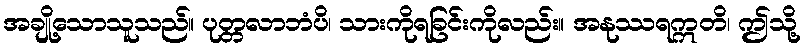
အချို့သောသူသည်။ ပုတ္တလာဘံပိ၊ သားကိုရခြင်းကိုလည်း။ အနုဿရဣတိ၊ ဤသို့